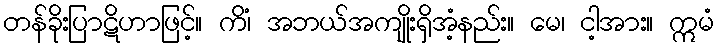
တန်ခိုးပြာဋိဟာဖြင့်။ ကိံ၊ အဘယ်အကျိုးရှိအံ့နည်း။ မေ၊ ငါ့အား။ ဣမံ